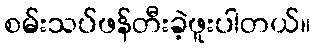
စမ်းသပ်ဖန်တီးခဲ့ဖူးပါတယ်။